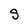
Character: g